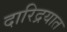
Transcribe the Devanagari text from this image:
दारिद्रयात